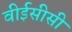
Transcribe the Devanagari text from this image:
वीईसीसी